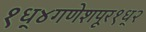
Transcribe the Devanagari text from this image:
१ध्४गणेशपूर१ध्२